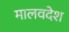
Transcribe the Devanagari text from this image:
मालवदेश